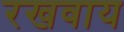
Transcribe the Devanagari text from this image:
रखवाय